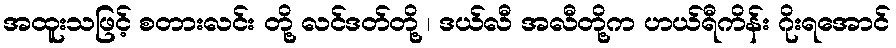
အထူးသဖြင့် စတားလင်း တို့ လင်ဒတ်တို့ ၊ ဒယ်လီ အလီတို့က ဟယ်ရီကိန်း ဂိုးရအောင်